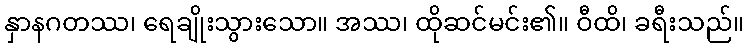
နှာနဂတဿ၊ ရေချိုးသွားသော။ အဿ၊ ထိုဆင်မင်း၏။ ဝီထိ၊ ခရီးသည်။